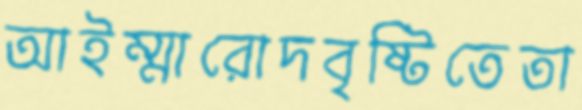
আইম্মারোদবৃষ্টিতেতা